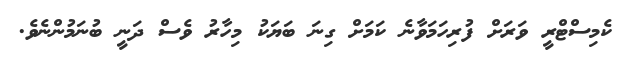
ކެމިސްޓްރީ ވަރަށް ފުރިހަމަވާނެ ކަމަށް ގިނަ ބަޔަކު މިހާރު ވެސް ދަނީ ބުނަމުންނެވެ.